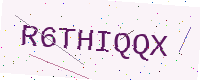
Text: R6THIQQX